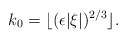
\begin{align*} k_0=\lfloor (\epsilon |\xi|)^{2/3} \rfloor. \end{align*}